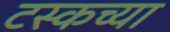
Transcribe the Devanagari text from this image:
टस्कच्या